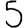
Digit: 5